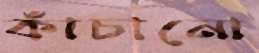
কাঁচানো